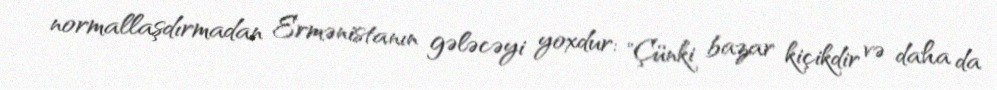
normallaşdırmadan Ermənistanın gələcəyi yoxdur: "Çünki bazar kiçikdir və daha da